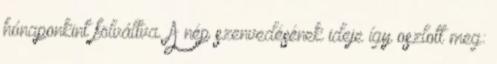
hónaponkint fölváltva. A nép szenvedésének ideje így oszlott meg: